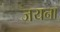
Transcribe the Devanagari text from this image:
जयना